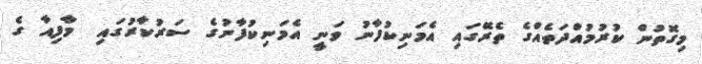
މިގޮތުން ކުރުމުއްދަތެއްގެ ތެރޭގައި އެމަނިކުފާނު ވަނީ އެމަނިކުފާނުގެ ސަރުކާރުގައި  މާފިއާ ގެ